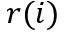
r ( i )